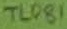
Text: TL081